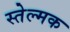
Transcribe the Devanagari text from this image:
स्तेल्मक